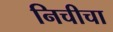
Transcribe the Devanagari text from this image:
निचीचा